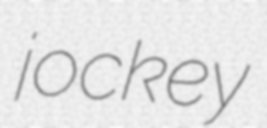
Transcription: jockey